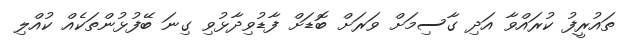
ތައުރީފު ކުރައްވާ އަދި ގާސިމަށް ވަރަށް ބޮޑަށް ފާޑުވިދާޅުވި ގިނަ ބޭފުޅުންތަކެއް ކުއްލި